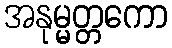
အနုမ္မတ္တကော